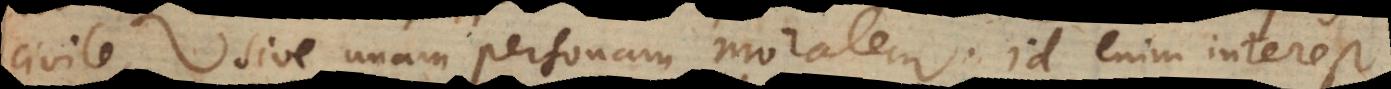
civile, sive unam personam moralem. Id enim interest